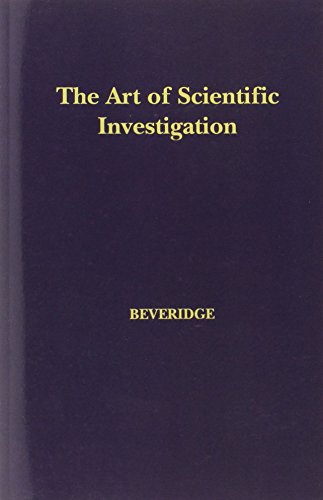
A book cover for The Art of Scientific Investigation; William I.B. Beveridge; Science & Math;